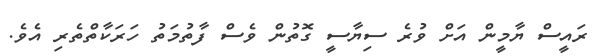
ރައީސް ޔާމީން އަށް ވުރެ ސިޔާސީ ގޮތުން ވެސް ފާތުމަތު ހަރަކާތްތެރި އެވެ.